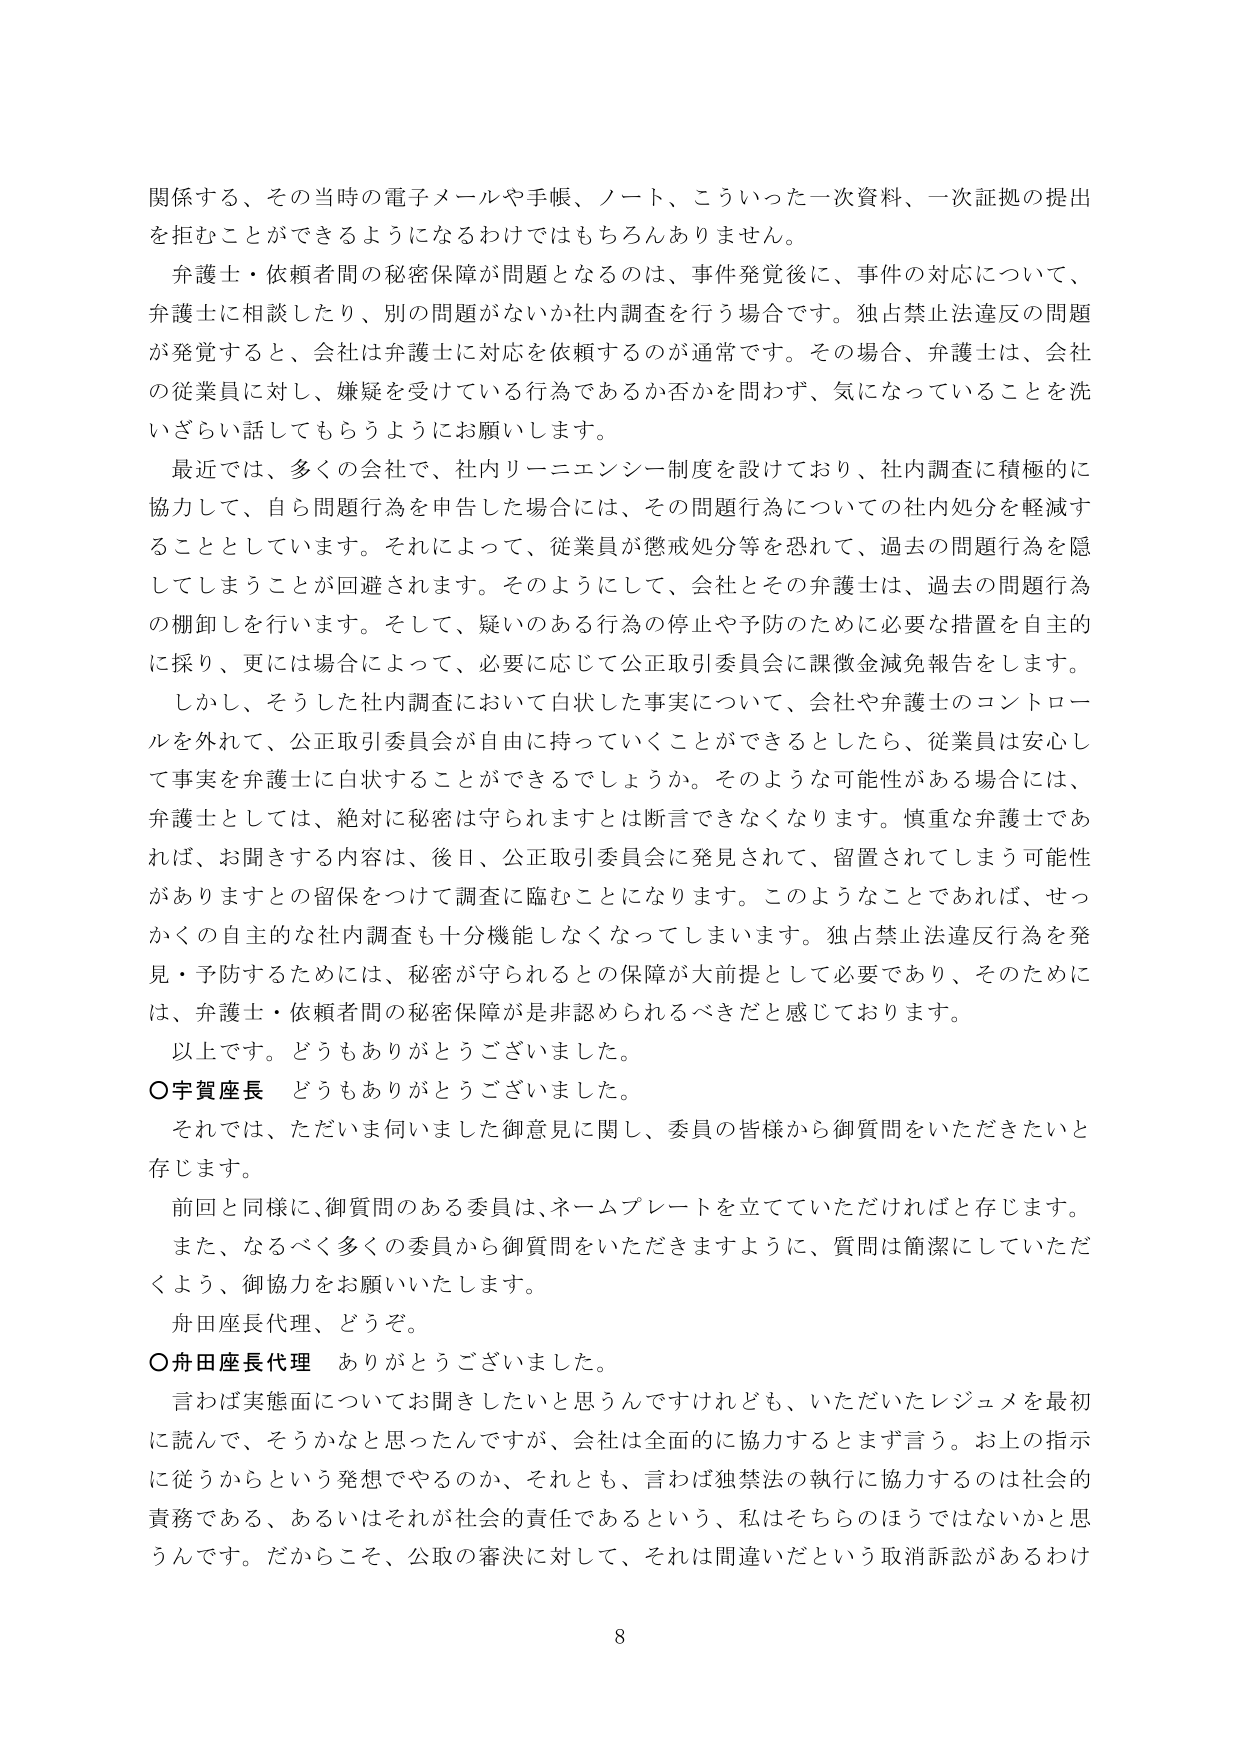
関係する、その当時の電子メールや手帳、ノート、こういった一次資料、一次証拠の提出を拒むことができるようになるわけではもちろんありません。

弁護士・依頼者間の秘密保障が問題となるのは、事件発覚後に、事件の対応について、弁護士に相談したり、別の問題がないか社内調査を行う場合です。独占禁止法違反の問題が発覚すると、会社は弁護士に対応を依頼するのが通常です。その場合、弁護士は、会社の従業員に対し、嫌疑を受けている行為であるか否かを問わず、気になっていることを洗いざらい話してもらうようにお願いします。

最近では、多くの会社で、社内リーニエンシー制度を設けており、社内調査に積極的に協力して、自ら問題行為を申告した場合には、その問題行為についての社内処分を軽減することとしています。それによって、従業員が懲戒処分等を恐れて、過去の問題行為を隠してしまうことが回避されます。そのようにして、会社とその弁護士は、過去の問題行為の棚卸しを行います。そして、疑いのある行為の停止や予防のために必要な措置を自主的に採り、更には場合によって、必要に応じて公正取引委員会に課徴金減免報告をします。

しかし、そうした社内調査において白状した事実について、会社や弁護士のコントロールを外れて、公正取引委員会が自由に持っていくことができるとなったら、従業員は安心して事実を弁護士に白状することができるでしょうか。そのような可能性がある場合には、弁護士としては、絶対に秘密は守られますとは断言できなくなります。慎重な弁護士であれば、お聞きする内容は、後日、公正取引委員会に発見されて、留置されてしまう可能性がありますとの留保をつけて調査に臨むことになります。このようなことであれば、せっかくの自主的な社内調査も十分機能しなくなってしまいます。独占禁止法違反行為を発見・予防するためには、秘密が守られるとの保障が大前提として必要であり、そのためには、弁護士・依頼者間の秘密保障が非認められるべきだと感じております。

以上です。どうもありがとうございました。

○宇賀座長　どうもありがとうございました。

それでは、ただいま伺いました御意見に関し、委員の皆様から御質問をいただきたいと存じます。

前回と同様に、御質問のある委員は、ネームプレートを立てていただければと存じます。

また、なるべく多くの委員から御質問をいただきますように、質問は簡潔にしていただくよう、御協力をお願いいたします。

舟田座長代理、どうぞ。

○舟田座長代理　ありがとうございました。

言わば実態面についてお聞きしたいと思うんですけれども、いただいたレジュメを最初に読んで、そうかなと思ったんですが、会社は全面的に協力するとまず言う。お上の指示に従うからという発想でやるのか、それとも、言わば独禁法の執行に協力するのは社会的責務である、あるいはそれが社会的責任であるという、私はそちらのほうではないかと思うんです。だからこそ、公取の審決に対して、それは間違いだという取消訴訟があるわけ

8